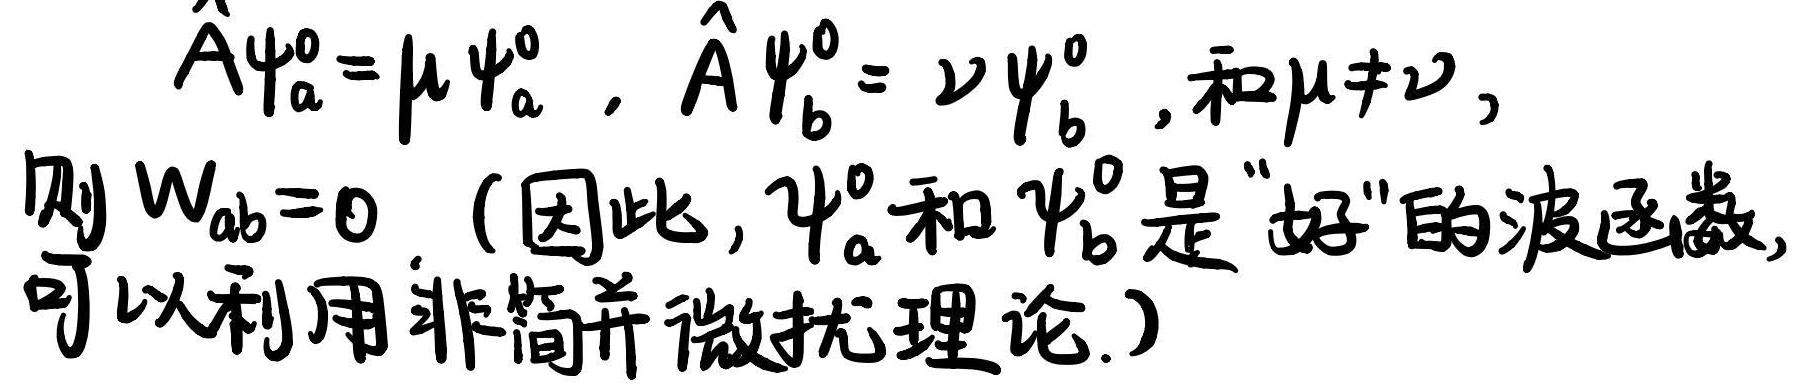
$\hat{A} \psi_{a}^{0}=\mu \psi_{a}^{0}, \hat{A} \psi_{b}^{0}=\nu \psi_{b}^{0}$, 和 $\mu \neq \nu$, 则 $W_{ab}=0$. (因此, $\psi_{a}^{0}$ 和 $\psi_{b}^{0}$ 是 "好" 的波函数, 可以利用非简并微扰理论.)